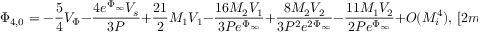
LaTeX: \Phi _ { 4 , 0 } = - \frac { 5 } { 4 } V _ { \Phi } - \frac { 4 e ^ { \Phi _ { \infty } } V _ { s } } { 3 P } + \frac { 2 1 } { 2 } M _ { 1 } V _ { 1 } - \frac { 1 6 M _ { 2 } V _ { 1 } } { 3 P e ^ { \Phi _ { \infty } } } + \frac { 8 M _ { 2 } V _ { 2 } } { 3 P ^ { 2 } e ^ { 2 \Phi _ { \infty } } } - \frac { 1 1 M _ { 1 } V _ { 2 } } { 2 P e ^ { \Phi _ { \infty } } } + O ( M _ { i } ^ { 4 } ) , \, [ 2 m m ]